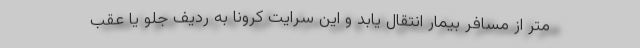
متر از مسافر بیمار انتقال یابد و این سرایت کرونا به ردیف جلو یا عقب